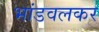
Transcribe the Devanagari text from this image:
भांडवलकर